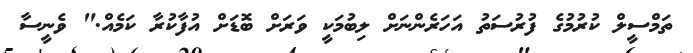
ތަމްސީލް ކުރުމުގެ ފުރުސަތު އަހަރެންނަށް ލިބުމަކީ ވަރަށް ބޮޑަށް އުފާކުރާ ކަމެއް." ވެނީސާ